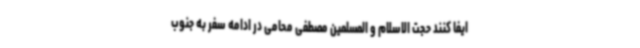
ایفا کنند حجت الاسلام و المسلمین مصطفی محامی در ادامه سفر به جنوب